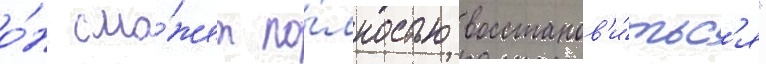
о́н смо́жет по́лностью восстанов'и́тьс'я"